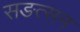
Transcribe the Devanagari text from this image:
सङत्सन